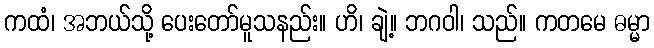
ကထံ၊ အဘယ်သို့ ပေးတော်မူသနည်း။ ဟိ၊ ချဲ့။ ဘဂဝါ၊ သည်။ ကတမေ ဓမ္မာ